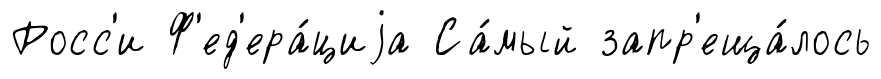
Росс'и Ф'ед'ера́циjа Са́мый запр'еща́лось